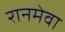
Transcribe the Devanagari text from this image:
रानमेवा